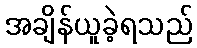
အချိန်ယူခဲ့ရသည်